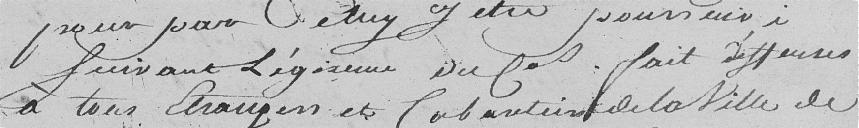
pour par Petry y être poursuivi suivant régisseur du cas fait ?? à tous étrangers et fait ? de la ville de